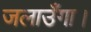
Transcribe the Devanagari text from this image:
जलाउँगा।